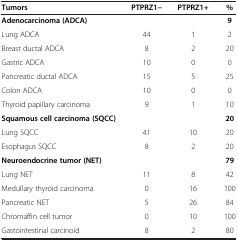
<table><thead><tr><td><b>Tumors</b></td><td><b>PTPRZ1−</b></td><td><b>PTPRZ1+</b></td><td><b>%</b></td></tr></thead><tbody><tr><td><b>Adenocarcinoma (ADCA)</b></td><td> </td><td> </td><td><b>9</b></td></tr><tr><td>Lung ADCA</td><td>44</td><td>1</td><td>2</td></tr><tr><td>Breast ductal ADCA</td><td>8</td><td>2</td><td>20</td></tr><tr><td>Gastric ADCA</td><td>10</td><td>0</td><td>0</td></tr><tr><td>Pancreatic ductal ADCA</td><td>15</td><td>5</td><td>25</td></tr><tr><td>Colon ADCA</td><td>10</td><td>0</td><td>0</td></tr><tr><td>Thyroid papillary carcinoma</td><td>9</td><td>1</td><td>10</td></tr><tr><td><b>Squamous cell carcinoma (SQCC)</b></td><td> </td><td> </td><td><b>20</b></td></tr><tr><td>Lung SQCC</td><td>41</td><td>10</td><td>20</td></tr><tr><td>Esophagus SQCC</td><td>8</td><td>2</td><td>20</td></tr><tr><td><b>Neuroendocrine tumor (NET)</b></td><td> </td><td> </td><td><b>79</b></td></tr><tr><td>Lung NET</td><td>11</td><td>8</td><td>42</td></tr><tr><td>Medullary thyroid carcinoma</td><td>0</td><td>16</td><td>100</td></tr><tr><td>Pancreatic NET</td><td>5</td><td>26</td><td>84</td></tr><tr><td>Chromaffin cell tumor</td><td>0</td><td>10</td><td>100</td></tr><tr><td>Gastointestinal carcinoid</td><td>8</td><td>2</td><td>80</td></tr></tbody></table>